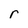
Character: r